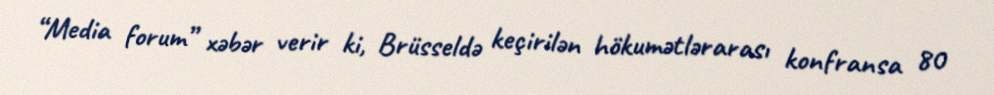
“Media forum” xəbər verir ki, Brüsseldə keçirilən hökumətlərarası konfransa 80